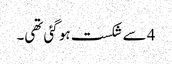
4 سے شکست ہو گئی تھی۔